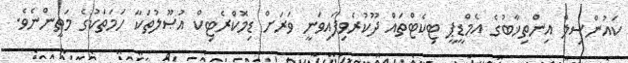
ކައުންސިލް އިންތިޚާބުގެ އެމްޑީޕީ ޓިކެޓްތައް ދޫކުރެވިފައިވަނީ ވަރަށް ޑިމޮކްރެޓިކް އުޞޫލުތަކާ ހަމަތަކުގެ މަތީންނެވެ.